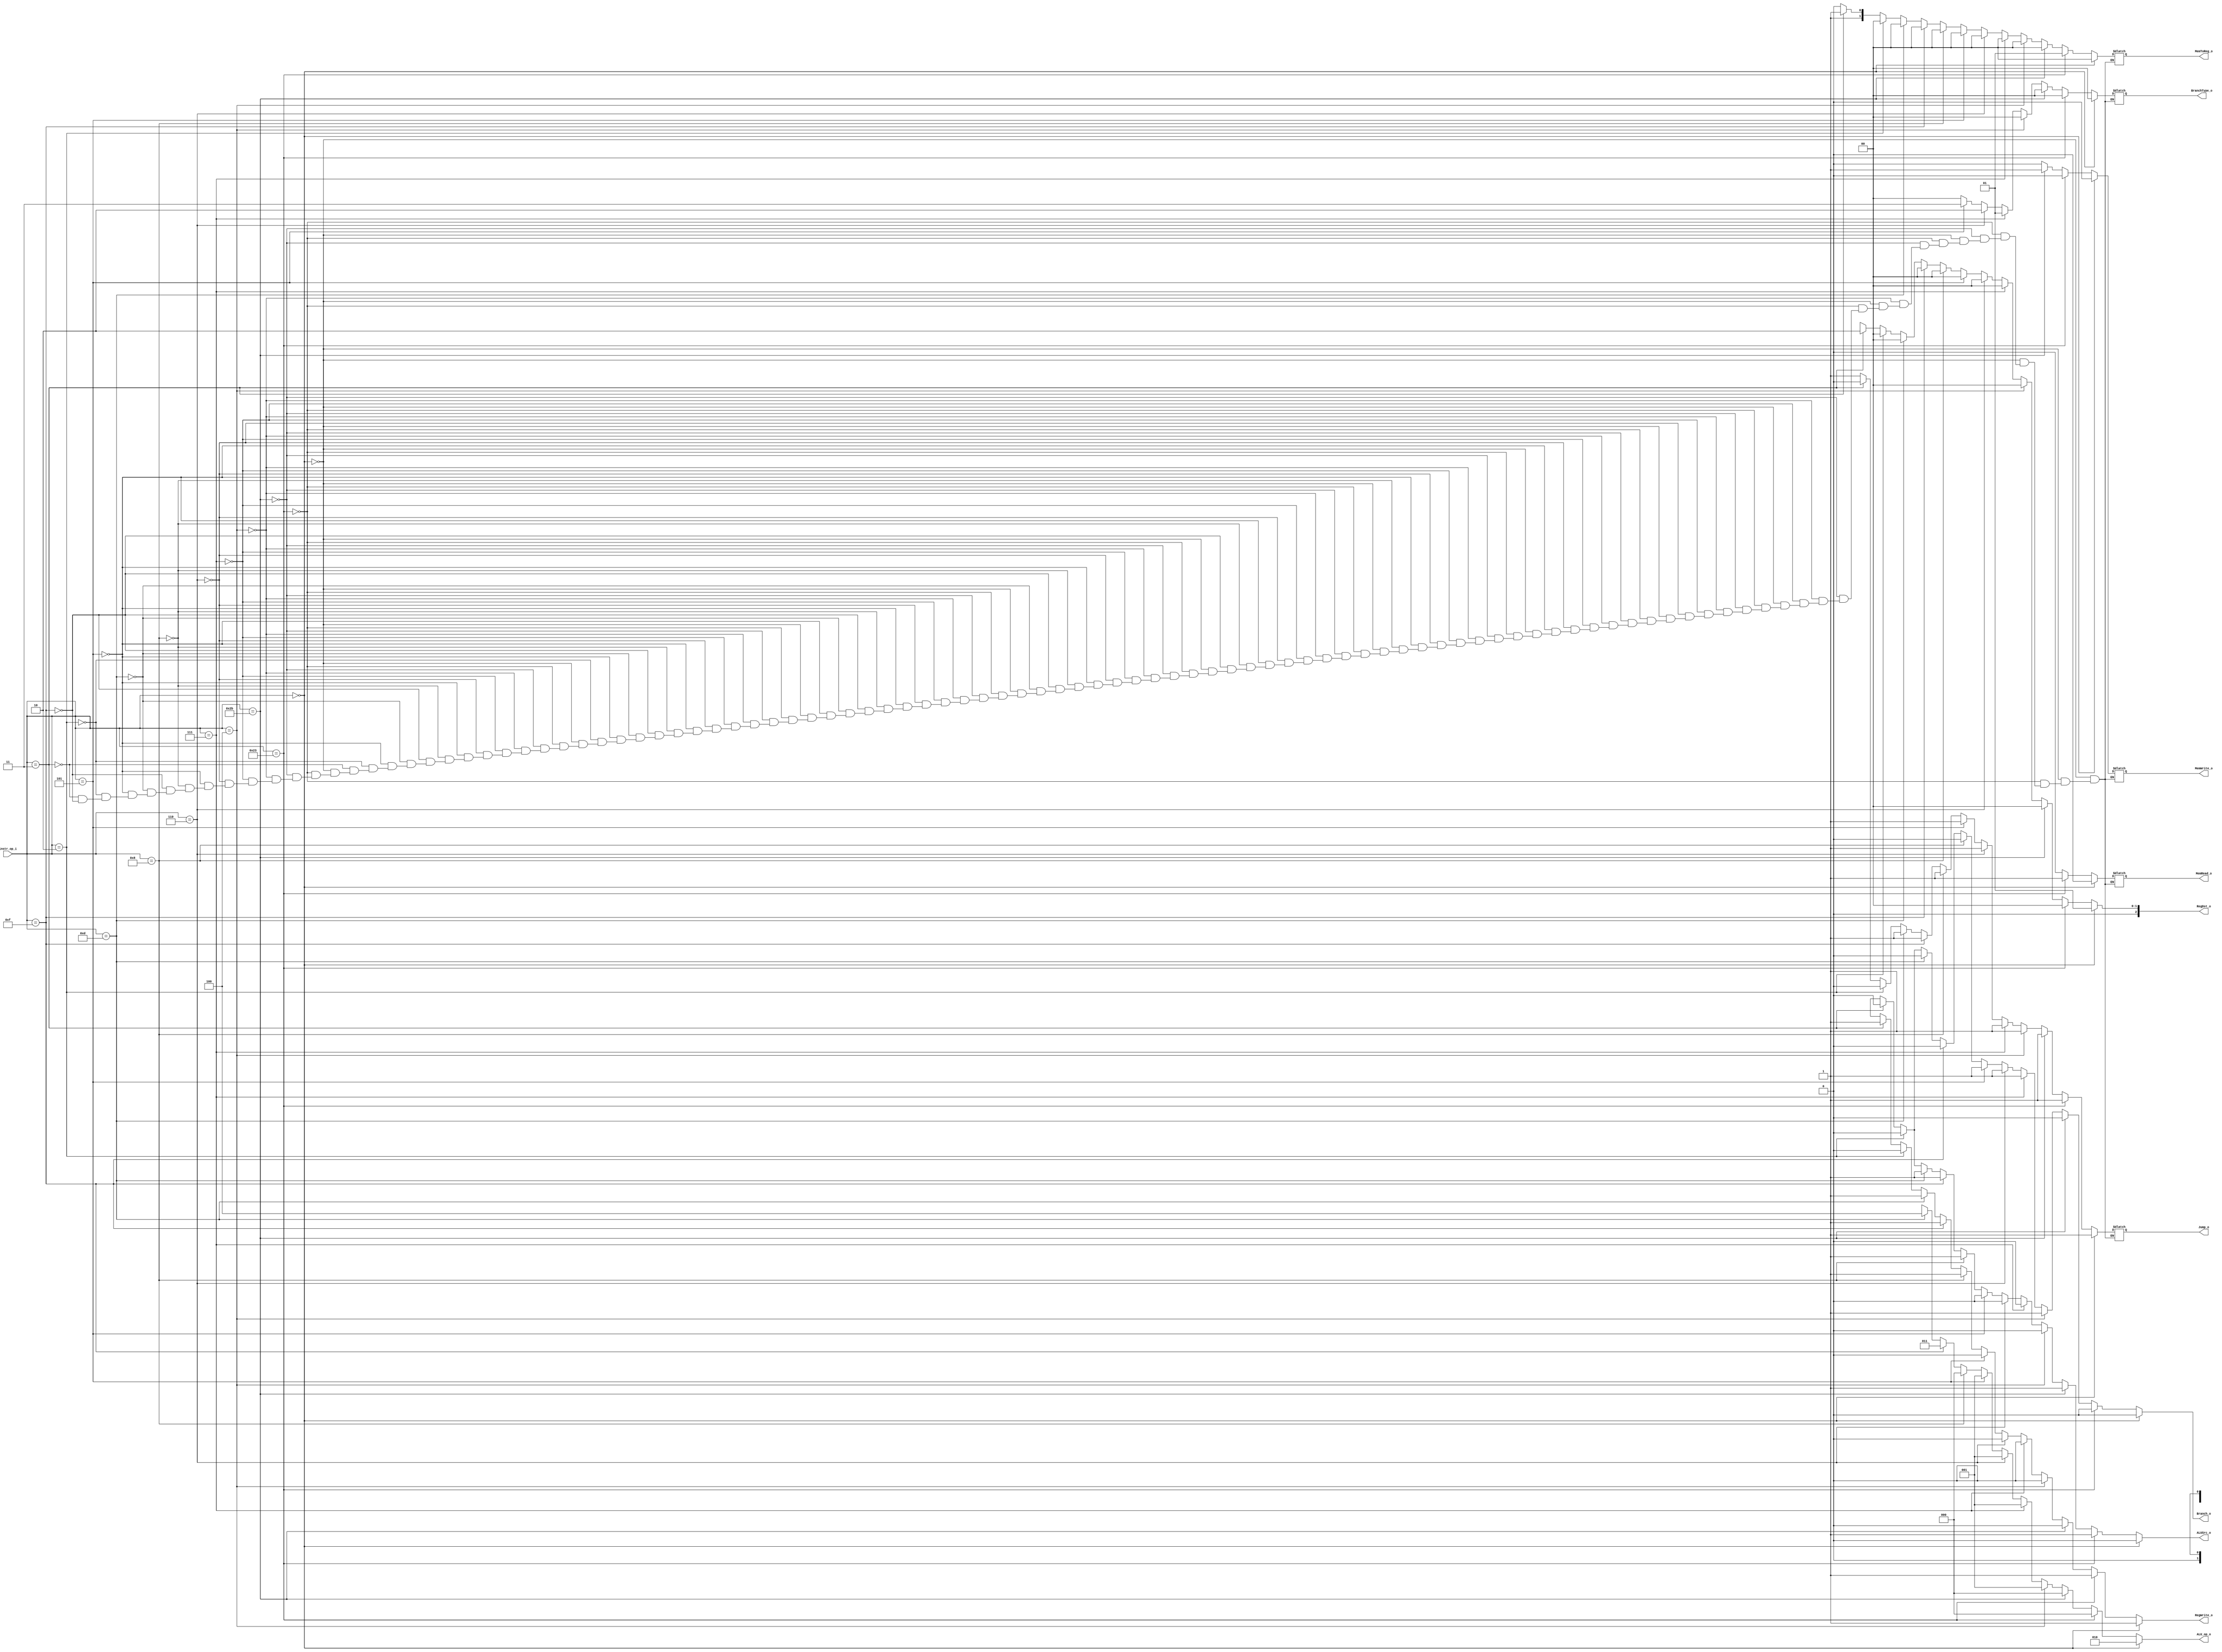
`ifndef DECODER_V
`define DECODER_V
module Decoder(
    instr_op_i,
  	RegWrite_o,
  	ALU_op_o,
  	ALUSrc_o,
  	RegDst_o,
  	Branch_o,
    Jump_o,
    MemToReg_o,
    BranchType_o,
    MemRead_o,
    MemWrite_o
  	);

    //I/O ports
    input  [6-1:0] instr_op_i;

    output         RegWrite_o;
    output [3-1:0] ALU_op_o;
    output         ALUSrc_o;
    output [3-1:0] RegDst_o;
    output         Branch_o;

    output         Jump_o;
    output [1:0]   MemToReg_o;
    output [1:0]   BranchType_o;
    output         MemRead_o;
    output         MemWrite_o;

    //Internal Signals
    reg    [3-1:0] ALU_op_o;
    reg            ALUSrc_o;
    reg            RegWrite_o;
    reg    [3-1:0] RegDst_o;
    reg            Branch_o;
	 reg            Jump_o;
	 reg 	  [1:0]   MemToReg_o;
    reg    [1:0]   BranchType_o;
    reg            MemRead_o;
    reg            MemWrite_o;

    //Parameter


    //Main function
    always @ ( * ) begin
        if (instr_op_i == 6'b000000) begin      //r-type, jr
            ALU_op_o    = 3'b010;
            ALUSrc_o    = 0;
            RegWrite_o  = 1;
            RegDst_o    = 2'b01;
            Branch_o    = 0;
            Jump_o      = 1;
            MemToReg_o  = 2'b00;
            BranchType_o= 2'b00;
            MemRead_o   = 0;
            MemWrite_o  = 0;
        end
        else if (instr_op_i == 6'b100011) begin //lw
            ALU_op_o    = 3'b000;
            ALUSrc_o    = 1;
            RegWrite_o  = 1;
            RegDst_o    = 2'b00;
            Branch_o    = 0;
            Jump_o      = 1;
            MemToReg_o  = 2'b01;
            BranchType_o= 2'b00;
            MemRead_o   = 1;
            MemWrite_o  = 0;
        end
        else if(instr_op_i == 6'b101011)begin  //sw
            ALU_op_o    = 3'b000;
            ALUSrc_o    = 1;
            RegWrite_o  = 0;
            RegDst_o    = 2'b00;
            Branch_o    = 0;
            Jump_o      = 1;
            MemToReg_o  = 2'b00;
            BranchType_o= 2'b00;
            MemRead_o   = 0;
            MemWrite_o  = 1;
        end
        else if(instr_op_i == 6'b000100)begin    //beq
            ALU_op_o    = 3'b001;
            ALUSrc_o    = 0;
            RegWrite_o  = 0;
            RegDst_o    = 2'b00;
            Branch_o    = 1;
            Jump_o      = 1;
            MemToReg_o  = 2'b00;
            BranchType_o= 2'b00;
            MemRead_o   = 0;
            MemWrite_o  = 0;
        end
        else if(instr_op_i == 6'b000111)begin    //ble -> make by hand
            ALU_op_o    = 3'b001;
            ALUSrc_o    = 0;
            RegWrite_o  = 0;
            RegDst_o    = 2'b00;
            Branch_o    = 1;
            Jump_o      = 1;
            MemToReg_o  = 2'b00;
            BranchType_o= 2'b01;
            MemRead_o   = 0;
            MemWrite_o  = 0;
        end
        else if(instr_op_i == 6'b000110)begin    //blt -> make by hand
            ALU_op_o    = 3'b001;
            ALUSrc_o    = 0;
            RegWrite_o  = 0;
            RegDst_o    = 2'b00;
            Branch_o    = 1;
            Jump_o      = 1;
            MemToReg_o  = 2'b00;
            BranchType_o= 2'b10;
            MemRead_o   = 0;
            MemWrite_o  = 0;
        end
        else if(instr_op_i == 6'b000101)begin    //bnez -> make by hand
            ALU_op_o    = 3'b001;
            ALUSrc_o    = 0;
            RegWrite_o  = 0;
            RegDst_o    = 2'b00;
            Branch_o    = 1;
            Jump_o      = 1;
            MemToReg_o  = 2'b00;
            BranchType_o= 2'b11;
            MemRead_o   = 0;
            MemWrite_o  = 0;
        end
		  else if(instr_op_i == 6'b001000)begin    //addi -> make by hand
            ALU_op_o    = 3'b000;
            ALUSrc_o    = 1;
            RegWrite_o  = 1;
            RegDst_o    = 2'b00;
            Branch_o    = 0;
            Jump_o      = 1;
            MemToReg_o  = 2'b00;
            BranchType_o= 2'b00;
            MemRead_o   = 0;
            MemWrite_o  = 0;
        end
		  else if(instr_op_i == 6'b001111)begin    //lui -> make by hand
            ALU_op_o    = 3'b011;
            ALUSrc_o    = 1;
            RegWrite_o  = 1;
            RegDst_o    = 2'b00;
            Branch_o    = 0;
            Jump_o      = 1;
            MemToReg_o  = 2'b00;
            BranchType_o= 2'b00;
            MemRead_o   = 0;
            MemWrite_o  = 0;
        end
		  else if(instr_op_i == 6'b001101)begin    //ori -> make by hand
            ALU_op_o    = 3'b100;
            ALUSrc_o    = 1;
            RegWrite_o  = 1;
            RegDst_o    = 2'b00;
            Branch_o    = 0;
            Jump_o      = 1;
            MemToReg_o  = 2'b00;
            BranchType_o= 2'b00;
            MemRead_o   = 0;
            MemWrite_o  = 0;
        end
		  else if(instr_op_i == 6'b000101)begin    //bne -> make by hand
            ALU_op_o    = 3'b101;
            ALUSrc_o    = 0;
            RegWrite_o  = 0;
            RegDst_o    = 2'b00;
            Branch_o    = 1;
            Jump_o      = 1;
            MemToReg_o  = 2'b00;
            BranchType_o= 2'b00;
            MemRead_o   = 0;
            MemWrite_o  = 0;
        end
      else if(instr_op_i == 6'b000010)begin    //j -> make by hand
            ALU_op_o    = 3'bxxx;
            ALUSrc_o    = 0;
            RegWrite_o  = 0;
            RegDst_o    = 2'b00;
            Branch_o    = 0;
            Jump_o      = 0;
            MemToReg_o  = 2'b00;
            BranchType_o= 2'b00;
            MemRead_o   = 0;
            MemWrite_o  = 0;
        end
      else if(instr_op_i == 6'b000011)begin    //jal -> make by hand
            ALU_op_o    = 3'bxxx;
            ALUSrc_o    = 0;
            RegWrite_o  = 1;
            RegDst_o    = 2'b10;              //reg -> 31
            Branch_o    = 0;
            Jump_o      = 0;
            MemToReg_o  = 2'b11;              //reg[31] = PC+4
            BranchType_o= 2'b00;
            MemRead_o   = 0;
            MemWrite_o  = 0;
        end
      else if(instr_op_i == 6'b001111)begin    //li -> make by hand
              ALU_op_o    = 3'bxxx;
              ALUSrc_o    = 0;
              RegWrite_o  = 1;
              RegDst_o    = 2'b00;
              Branch_o    = 0;
              Jump_o      = 1;
              MemToReg_o  = 2'b10;
              BranchType_o= 2'b00;
              MemRead_o   = 0;
              MemWrite_o  = 0;
          end
        else begin
            ALU_op_o  = 3'bxxx;
            ALUSrc_o  = 1'bx;
            RegWrite_o= 1'bx;
            RegDst_o  = 1'bx;
            Branch_o  = 1'bx;
        end
    end
endmodule


`endif // DECODER_V